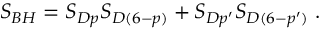
{ \cal S } _ { B H } = S _ { D p } S _ { D ( 6 - p ) } + S _ { D p ^ { \prime } } S _ { D ( 6 - p ^ { \prime } ) } \; .